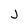
Character: j